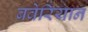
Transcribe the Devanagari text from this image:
बवेरियान